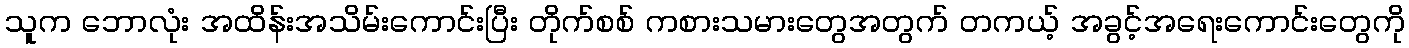
သူက ဘောလုံး အထိန်းအသိမ်းကောင်းပြီး တိုက်စစ် ကစားသမားတွေအတွက် တကယ့် အခွင့်အရေးကောင်းတွေကို